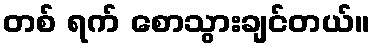
တစ် ရက် စောသွားချင်တယ်။